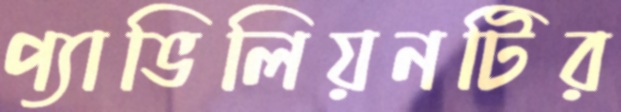
প্যাভিলিয়নটির